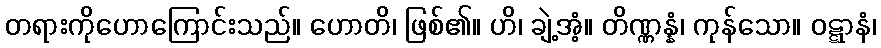
တရားကိုဟောကြောင်းသည်။ ဟောတိ၊ ဖြစ်၏။ ဟိ၊ ချဲ့အံ့။ တိဏ္ဏန္နံ၊ ကုန်သော။ ဝဋ္ဋာနံ၊